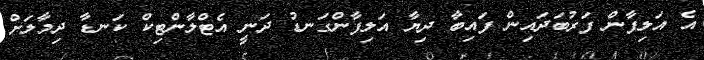
އެ އަލިފާން ފަރުބަދައިން ފައިބާ ދިޔާ އަލިފާންގަނޑު ދަނީ އެޓްލާންޓިކް ކަނޑާ ދިމާލަށް